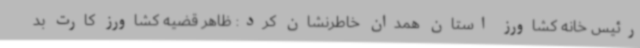
رئیس خانه کشاورز استان همدان خاطرنشان کرد: ظاهر قضیه کشاورز کارت بد